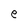
Character: e